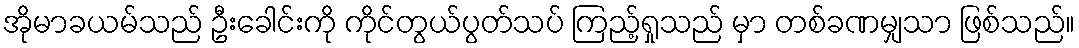
အိုမာခယမ်သည် ဦးခေါင်းကို ကိုင်တွယ်ပွတ်သပ် ကြည့်ရှုသည် မှာ တစ်ခဏမျှသာ ဖြစ်သည်။